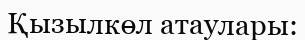
Қызылкөл атаулары: